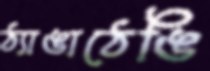
ঠ্যাঙাঠেঙি